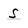
Character: S